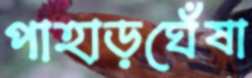
পাহাড়ঘেঁষা